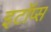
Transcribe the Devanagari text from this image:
इटॉप्स